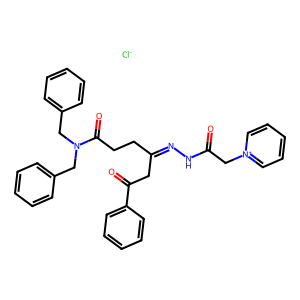
SMILES: O=C(C[n+]1ccccc1)NN=C(CCC(=O)N(Cc1ccccc1)Cc1ccccc1)CC(=O)c1ccccc1.[Cl-]
Inhibits HIV replication: No